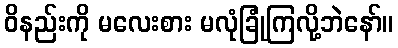
ဝိနည်းကို မလေးစား မလုံခြုံကြလို့ဘဲနော်။